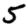
Digit: 5